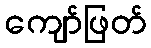
ကျော်ဖြတ်